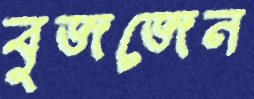
বুজজেন